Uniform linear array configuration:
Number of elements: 48
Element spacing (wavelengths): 0.25
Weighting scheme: hann
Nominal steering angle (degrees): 30
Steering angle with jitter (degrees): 30.614
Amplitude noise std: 0.05
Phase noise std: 0.05

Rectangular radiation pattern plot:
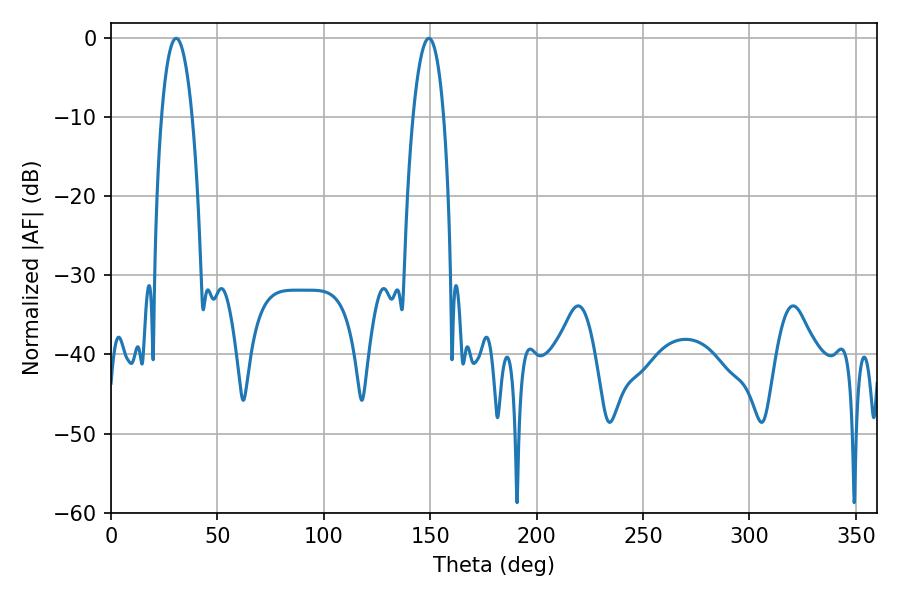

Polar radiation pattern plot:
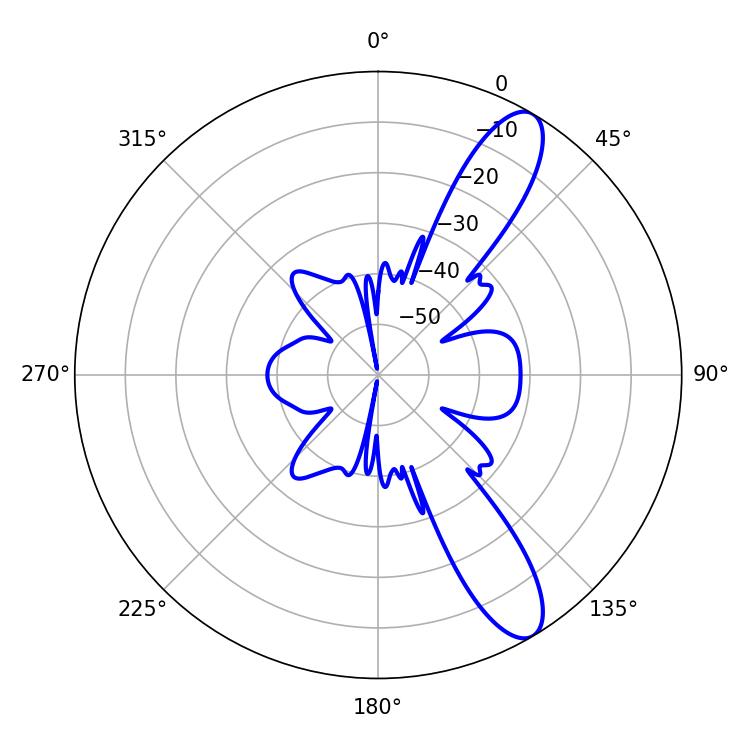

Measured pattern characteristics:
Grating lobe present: FALSE
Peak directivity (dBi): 11.15
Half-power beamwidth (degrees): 8.1
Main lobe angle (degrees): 30.6